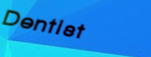
Dentist